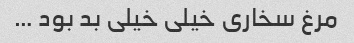
مرغ سخاری خیلی خیلی بد بود …